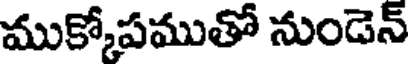
ముక్కోపముతో నుండెన్